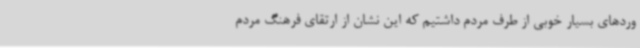
وردهای بسیار خوبی از طرف مردم داشتیم که این نشان از ارتقای فرهنگ مردم